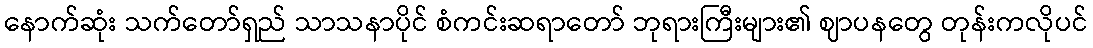
နောက်ဆုံး သက်တော်ရှည် သာသနာပိုင် စံကင်းဆရာတော် ဘုရားကြီးများ၏ ဈာပနတွေ တုန်းကလိုပင်